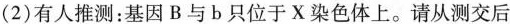
(2) 有人推测：基因B与b只位于X染色体上。请从测交后